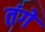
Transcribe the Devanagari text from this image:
तंगे